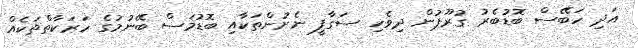
އަދި ހަބޭސް ބޮޑުބެރު ގުރޫޕުން ދިވެހި ސަގާފީ ނެށުންތަކާއި ބޮޑުމަސް ބޭނުމުގެ ހަރަކާތްތަކެއް